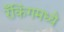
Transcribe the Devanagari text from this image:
रँकिंगमध्ये